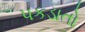
પકડાતો